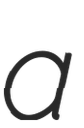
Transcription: a